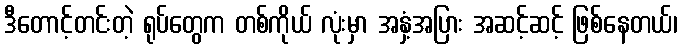
ဒီတောင့်တင်းတဲ့ ရုပ်တွေက တစ်ကိုယ် လုံးမှာ အနှံ့အပြား အဆင့်ဆင့် ဖြစ်နေတယ်၊